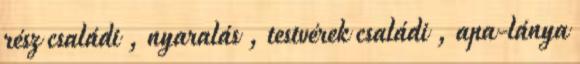
rész családi , nyaralás , testvérek családi , apa-lánya